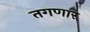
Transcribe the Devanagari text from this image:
तगणार